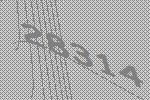
28314